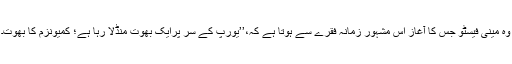
وہ مینی فیسٹو جس کا آغاز اس مشہورِ زمانہ فقرے سے ہوتا ہے کہ،’’یورپ کے سر پرایک بھوت منڈلا رہا ہے؛ کمیونزم کا بھوت۔